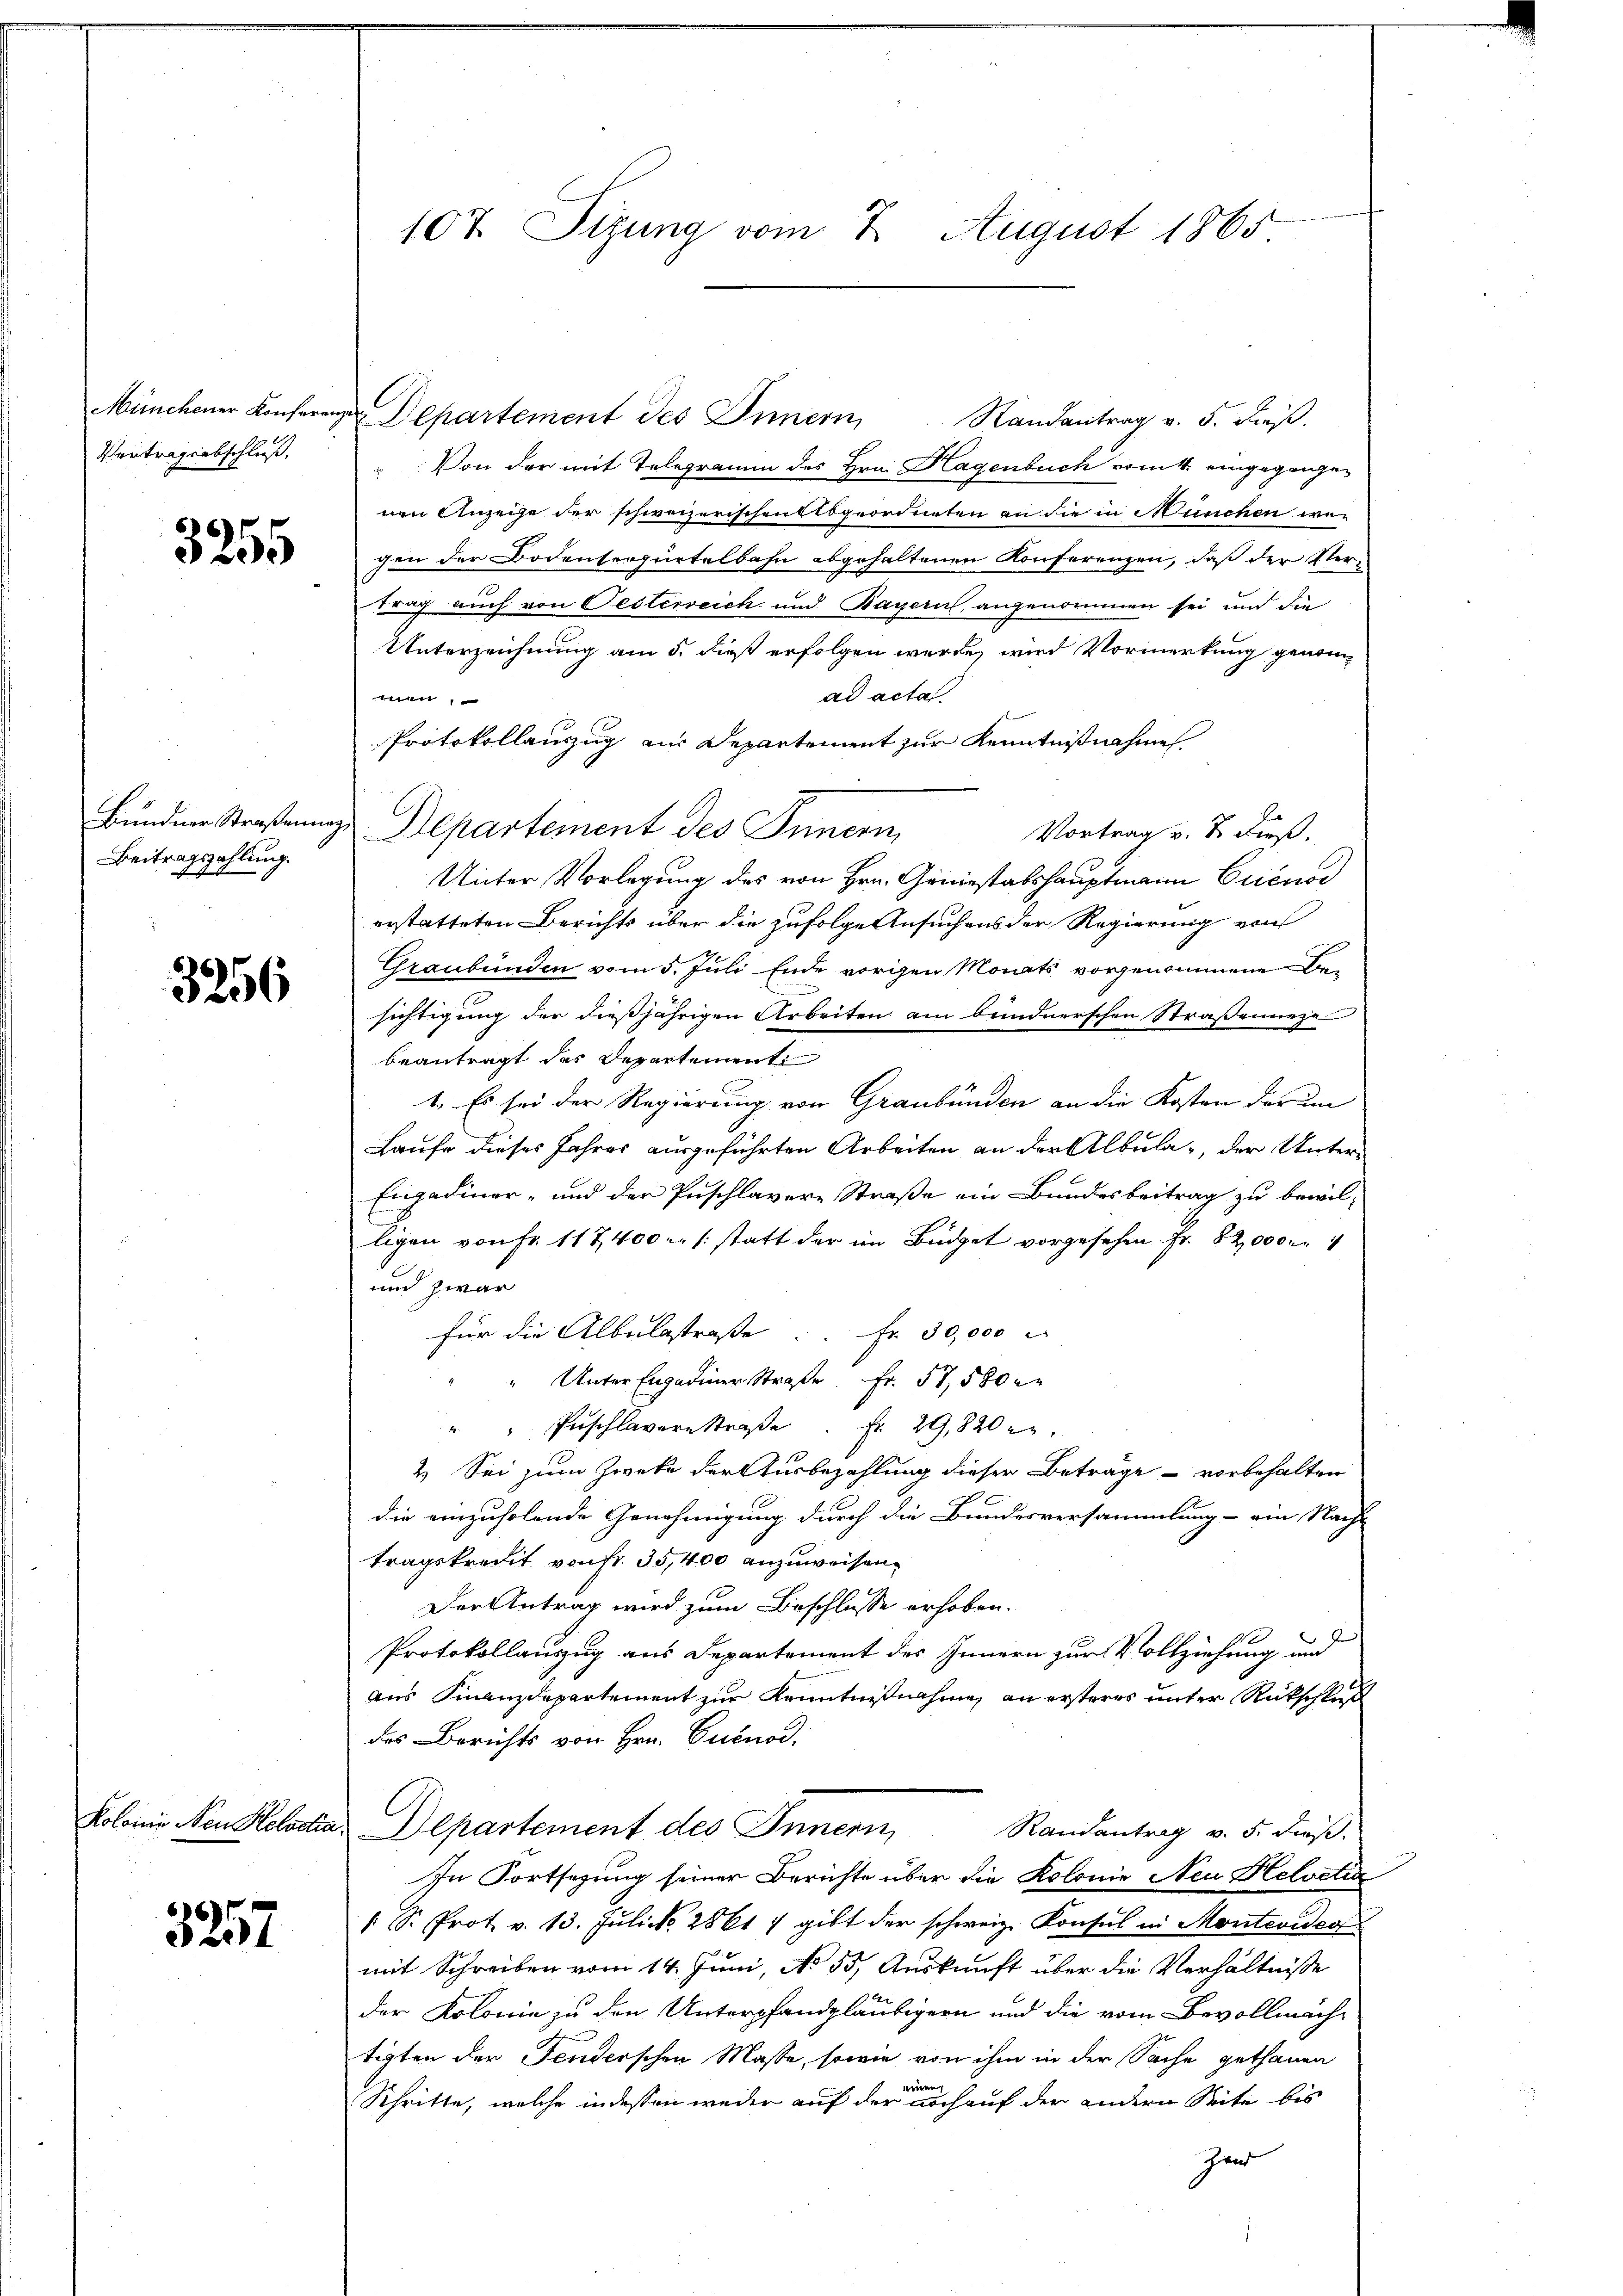
Vertragensschluß.

3255

Beitragszahlung.

3256

Kolonie Nen Melodi

3257

107. Sitzung vom 2. August 1865

Münchener Konferenze Departement des Innern, Randantrag v. 5. dieβ.
Von der mit Telegramm des Hrn. Hagenbuch vom 4. eingegangenen Anzeige der schweizerischen Abgeordneten an die in München wegen der Bodensergürtelbahn abgehaltenen Konferenzen, daß der Vertrag auch von Festerreich und Bayern, angenommen sei und die
Unterzeichnung am 5. dieß erfolgen werde, wird Vormerkung genomad acta
men:
Protokollanzug ain Departement zur Kenntnißnahme
Bundie Straßenung Departement des Innern,
Vortrag v. J. dieß.
Unter Vorlegung des von Hrn. Geniestabshauptmann Cuenos
erstatteten Berichts über die zufolge Ansuchens der Regierung von
Graubünden vom 5. Juli Ende vorgen Monats vorgenommene Besichtigung der dießjährigen Arbeiten am bundnerschen Straßenneze
beantragt das Departement
1. Es sei der Regierung von Graubünden an die Kosten der um
Laufe dieses Jahres ausgeführten Arbeiten an der Albula der Unter¬
Engadiner- und der Puschlagere Straße ein Bundesbeitrag zu bewil-
ligen von Fr. 117400. /: statt der im Büdget vorgesehen Fr. 82,000
und zwar
für die Albulastraße u. fr. 30,000
" Unter Engadiner Straße Fr. 57, 580
" " Puschlavern Straβe. Fr. 29,820 n 2.
2. Sei zum Zwecke der Ausbezahlung dieser Beträge - vorbehalten
die einzuholende Genehmigung durch die Bundesversammlung - ein Nach- |
tragskraut von fr. 35,400 anzuweisen.
Der Antrag wird zum Beschlusse erhoben.
Protokollauszug aus Departement des Innern zur Vollziehung und
aus Finanzdepartement zur Kenntnißnahme, an ersteres unter Rückschluß
des Berichts von Hrn. Cuénod,
a. Departement des Innern,
Randantrag v. 5. dieß.
In Fortsezung seiner Berichte über die Kolonie Neu Helvetier
1 S. Prot v. 13. Jŭli d. 28617 gibt der schweiz. Konsul in Montevideo
mit Schreiben vom 14. Juni, No 55. Auskunft über die Verhältnisse
der Kolonie zu den Unterpfandgläubigern und die vom Bevollmächtigten der Tenderschen Masse, sowie von ihm in der Sache gethanen
eien
Schritte, welche indessen weder auf der noch auf der andern Seite bis
Zud